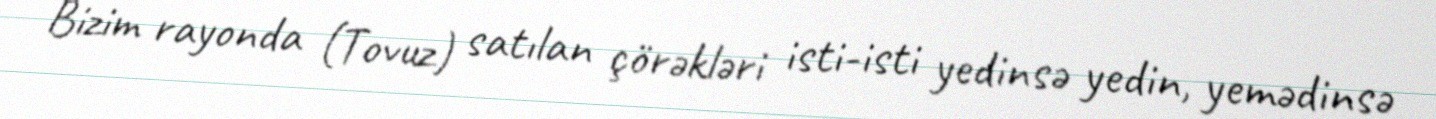
Bizim rayonda (Tovuz) satılan çörəkləri isti-isti yedinsə yedin, yemədinsə